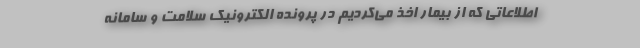
اطلاعاتی که از بیمار اخذ می‌کردیم در پرونده الکترونیک سلامت و سامانه